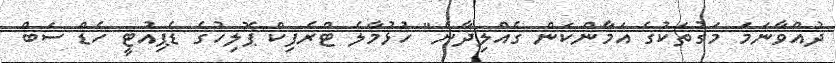
ދުއްވާނަމަ މަގުތަކުގެ އަމާންކަން ގެއްލިދާނެ" ހުޅުމާލެ ޓްރެފިކް ޕޮލިހުގެ ޑެޕިއުޓީ ހެޑް ސަބް